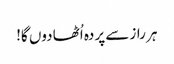
ہر راز سے پردہ اُٹھا دوں گا!